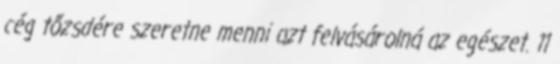
cég tőzsdére szeretne menni azt felvásárolná az egészet. 11